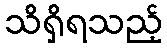
သိရှိရသည့်